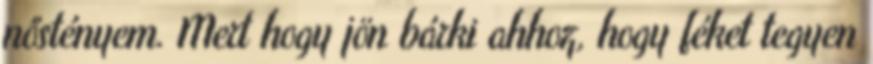
nőstényem. Mert hogy jön bárki ahhoz, hogy féket tegyen